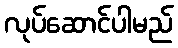
လုပ်ဆောင်ပါမည်